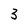
Character: 3